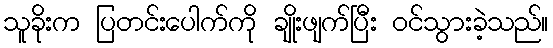
သူခိုးက ပြတင်းပေါက်ကို ချိုးဖျက်ပြီး ဝင်သွားခဲ့သည်။